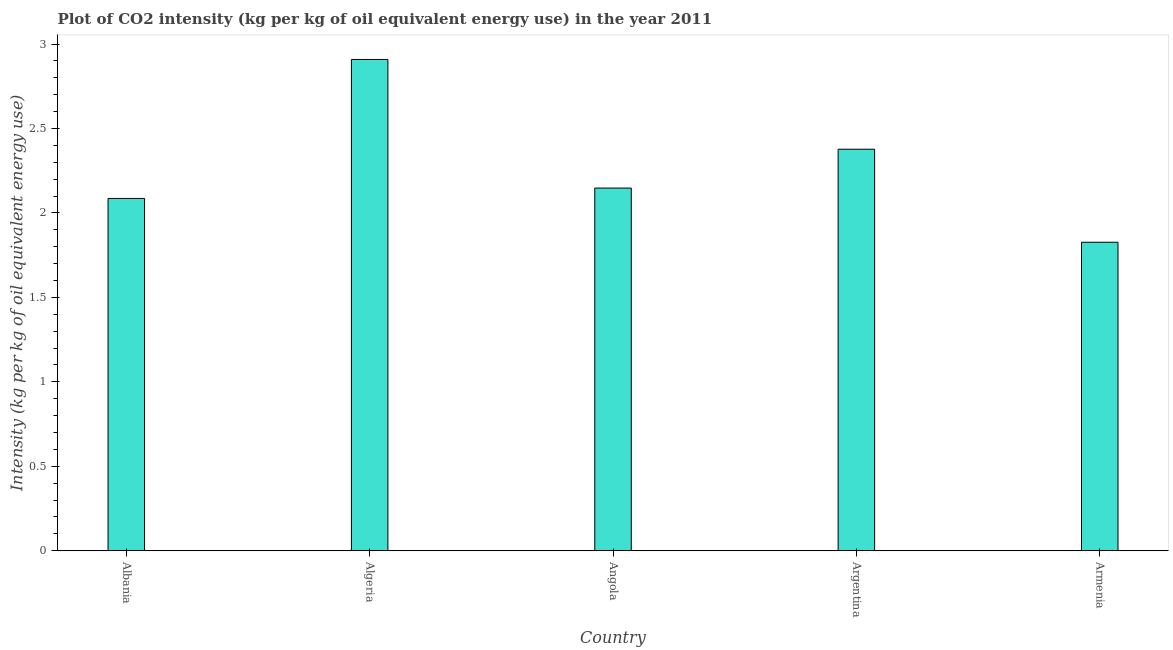
| Country | CO2 intensity |
 | --- | --- |
 | Albania | 2.09 |
 | Algeria | 2.91 |
 | Angola | 2.15 |
 | Argentina | 2.38 |
 | Armenia | 1.83 |